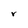
Character: r